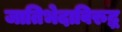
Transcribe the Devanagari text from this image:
जातिभेदाविरुद्ध